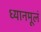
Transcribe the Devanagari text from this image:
ध्यानमूलं